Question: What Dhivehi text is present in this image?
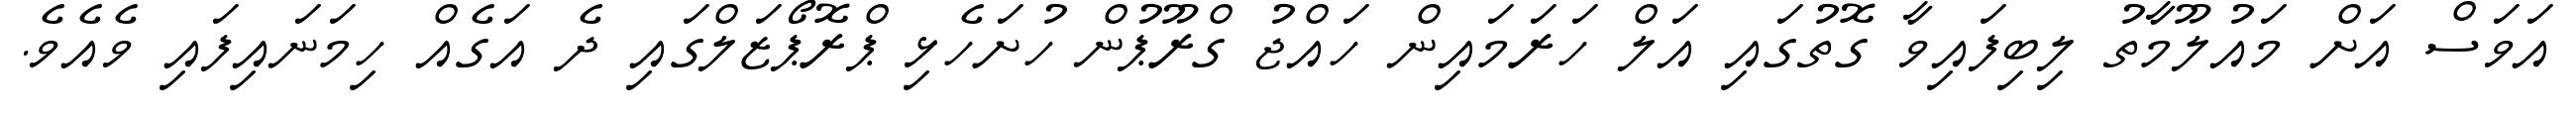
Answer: އަވަސް އަށް މައުލޫމާތު ލިބިފައިވާ ގޮތުގައި އަލް ހަރަމައިން ހައްޖު ގްރޫޕުން ހުށަހެޅި ޕްރޮޕޯޒަލްގައި ދެ އަގެއް ހިމަނައިފައި ވެއެވެ.